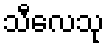
သီလေသု